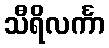
သီရိလင်္ကာ